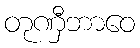
တုဏှီဘာဝေ